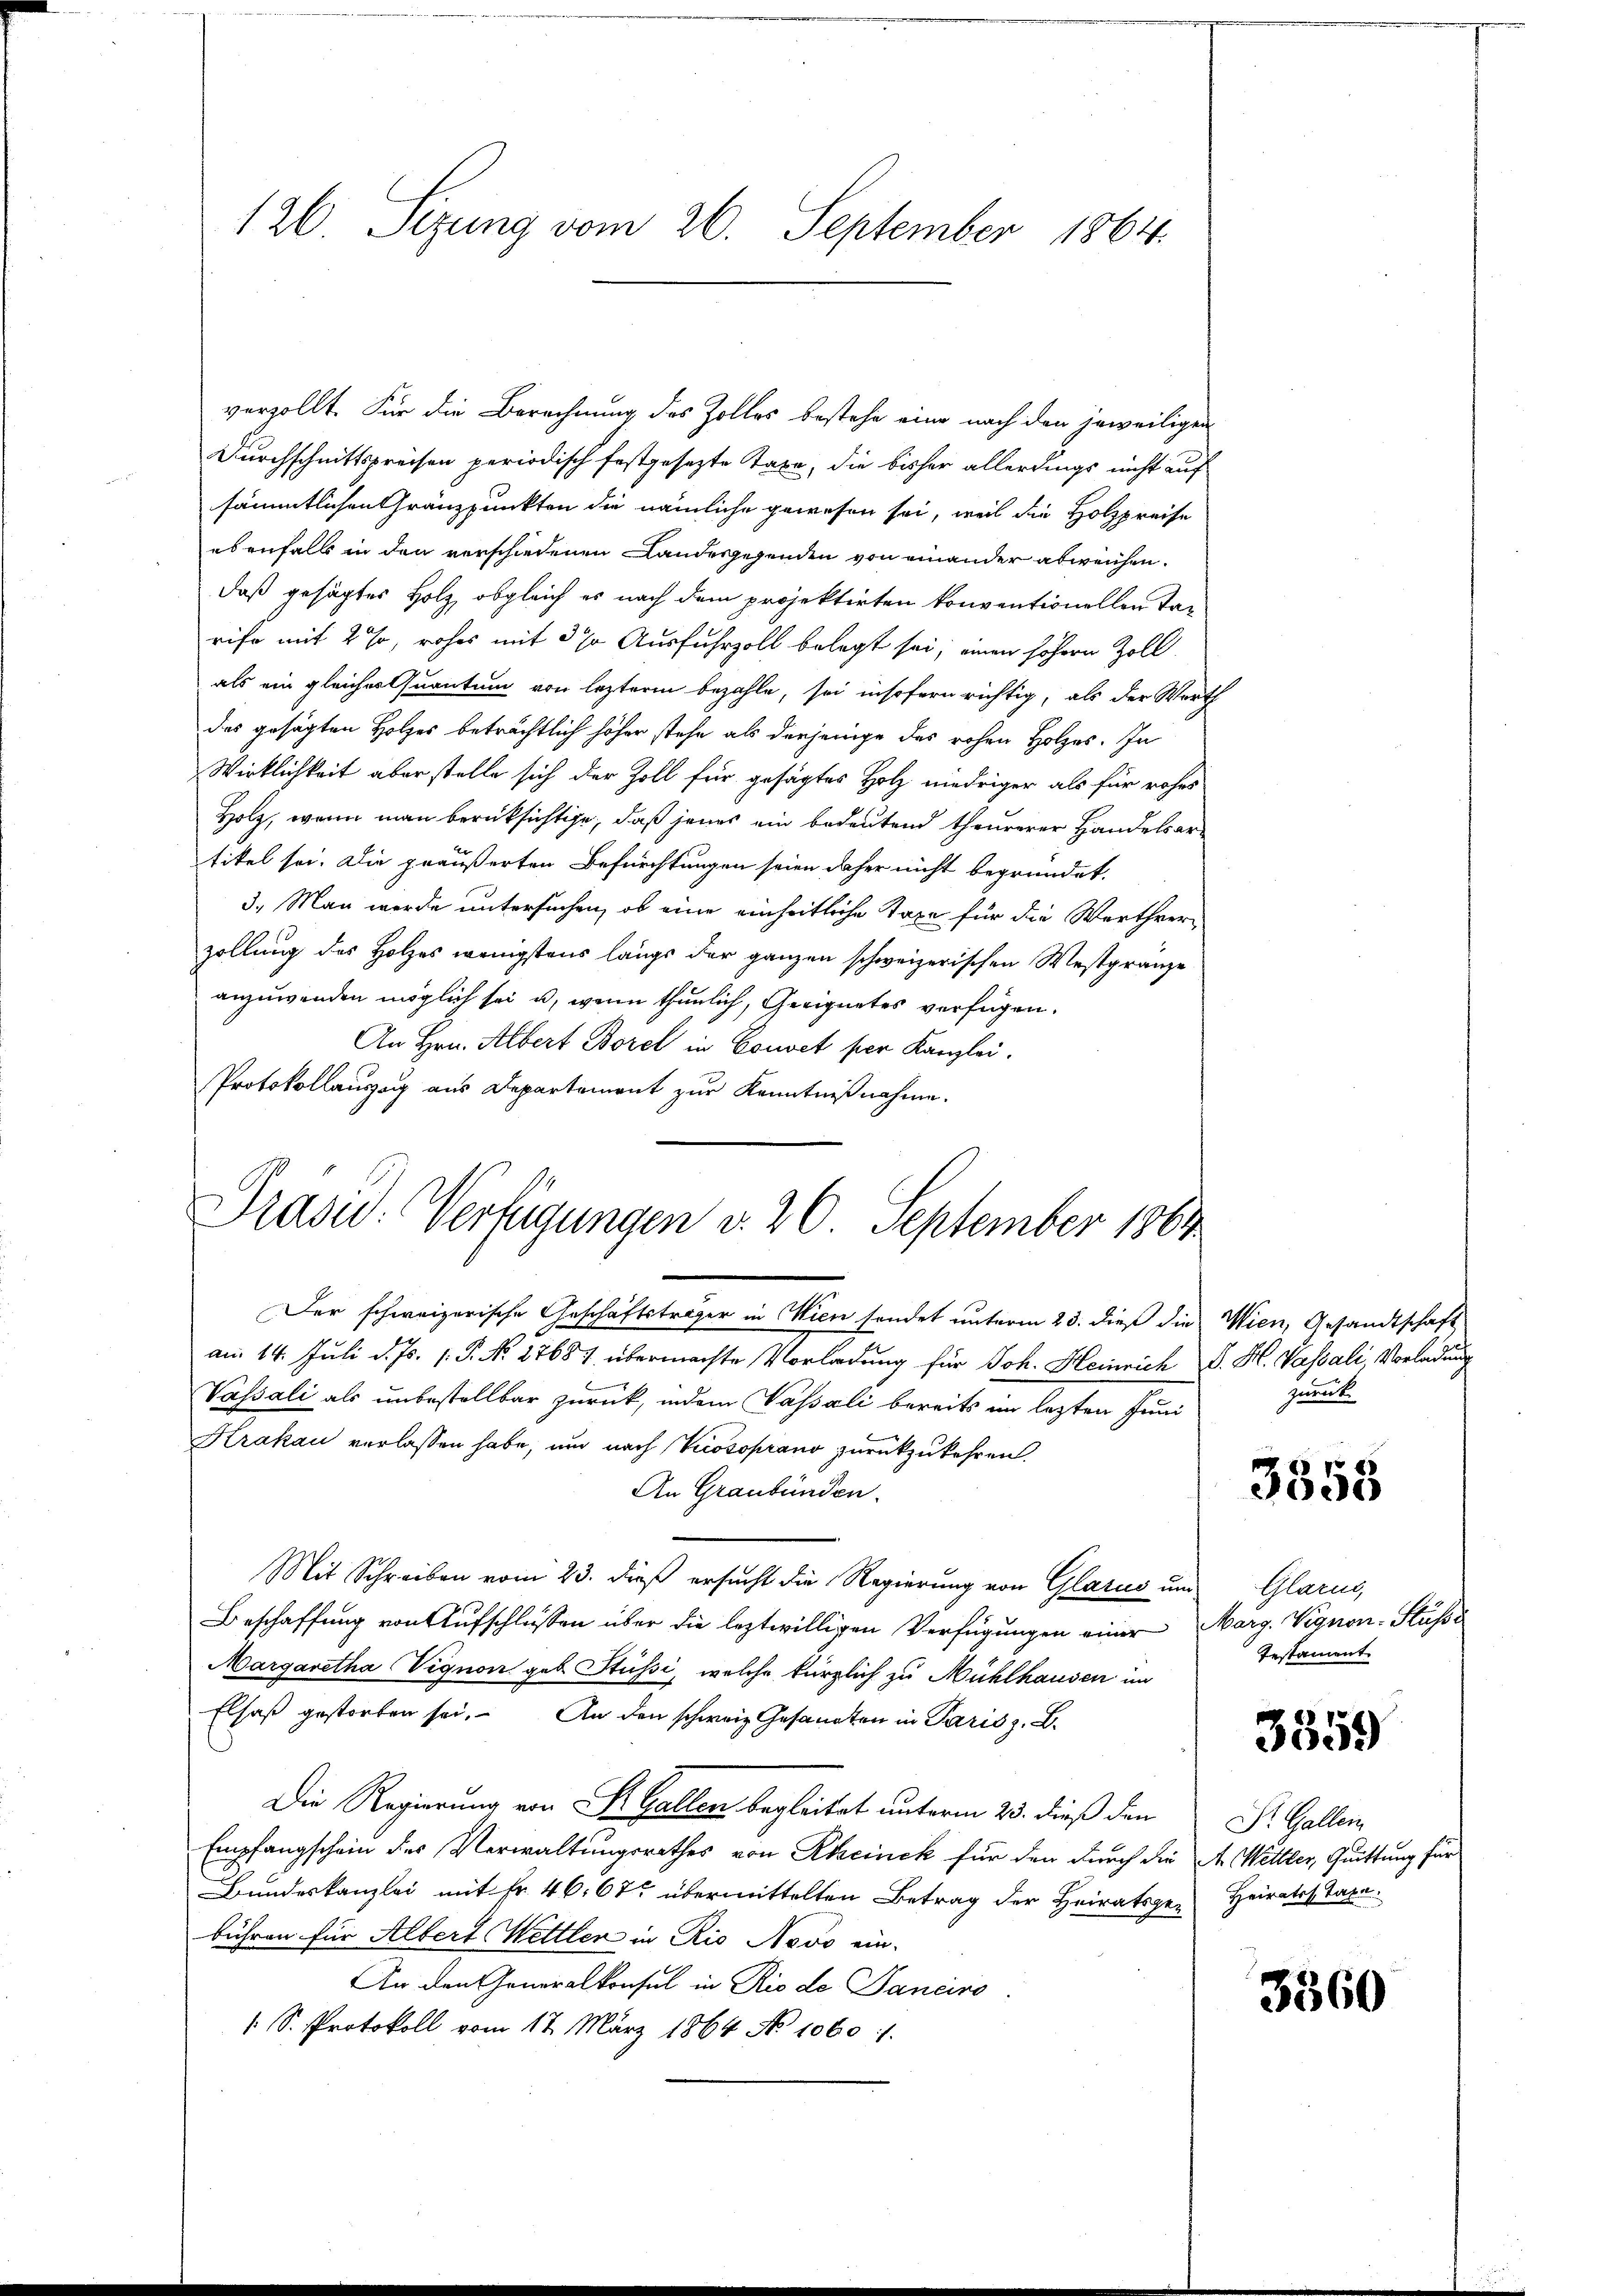
126. Sizung vom 26. September 1864.

verzollt. Für die Berechnung des Zolles bestehe eine nach den jeweiligen
Durchschnittspreisen periodisch festgesezte Taxe, die bisher allerdings nicht auf

sämmtlichen Gränzpunkten die nämliche gewesen sei, weil die Holzpreise
ebenfalls in den verschiedenen Landesgegenden von einander abweichen.
daß gesagtes Holz, obgleich es nach dem projektirten konventionellen Tarifo mit 2 %, rohes mit 3 % Ausfuhrzoll belegt sei; einen höhern Zoll
als ein gleicher Quantum von leztere bezahle, sei insofern richtig, als der Werth
des gesagten Holzes beträchtlich höher stehe als derjenige des rohen Holzes. In
Wirklichkeit aberstelle sich der Zoll für gesagtes Holz niedriger als für rohes
Holz, wenn man berüksichtige, daß jenes ein bedeutend theurerer Handelsartikel sei. Die geäußerten Befürchtungen seien daher nicht begründet.
3. Man werde untersuchen, ob eine einheitliche Taxe für die Werthverzollung des Holzes wenigstens längs der ganzen schweizerischen Westgränze
anzuwenden möglich sei u. wenn thunlich, Geeignetes verfügen.
An Hrn. Albert Borel in Couvet per Kanzlei.
Protokollauszug aus Departement zur Kenntnißnahme.
Der schweizerische Geschäftsträger in Wien sendet unterm 23. dieß die Wien, Gesandtschaft
am 14. Juli d. Js. 1. P. Nr. 27687, übermachte Vorladung für Joh. Heinrich d. H. Vassali, Vorladung
Vassali als unbestellbar zurück, indem Passali bereits im lezten Juni
Krakau verlassen habe, und nach Prosoprano zurückzukehren.
An Graubünden.
Mit Schreiben vom 23. dieß ersucht die Regierung von Glarus und Glarus,
Beschaffung von Aufschlüssen über die leztwilligen Verfügungen einer Marg. Vignon-Stüsse
Margaretha Vignon geb. Stüssi, welche kürzlich zu Mühlhausen im
Elsaß gestorben sei. An den schweiz. Gesanten in Paris z. B.
Die Regierung von St. Gallen begleitet unterm 25. dieß den
Empfangschein des Verwaltungsrathes von Rheinck für den durch die A. Wettler, Quittung für
Bundeskanzlei mit Fr. 46. 67 übermittelten Betrag der Heiratsge-
bühren für Albert Wettler in Rio Nevo ein-
An den Generalkonsul in Rio de Tanciro
/. S. Protokoll vom 17. März 1864 No 1060. 1.

Präsid. Verfügungen d. 20. September 1864

zurück.

3358

Testament

3359

Dr. Gallen
Heirates Taxa

3560